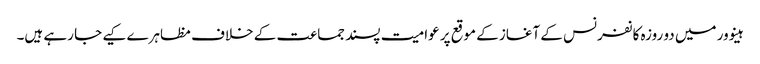
ہینوور میں دو روزہ کانفرنس کے آغاز کے موقع پر عوامیت پسند جماعت کے خلاف مظاہرے کیے جا رہے ہیں۔